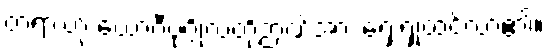
တရားဟု ယောဂီပုဂ္ဂိုလ်တို့ဉာဏ်အား ရှေးရှုထင်လာ၏။